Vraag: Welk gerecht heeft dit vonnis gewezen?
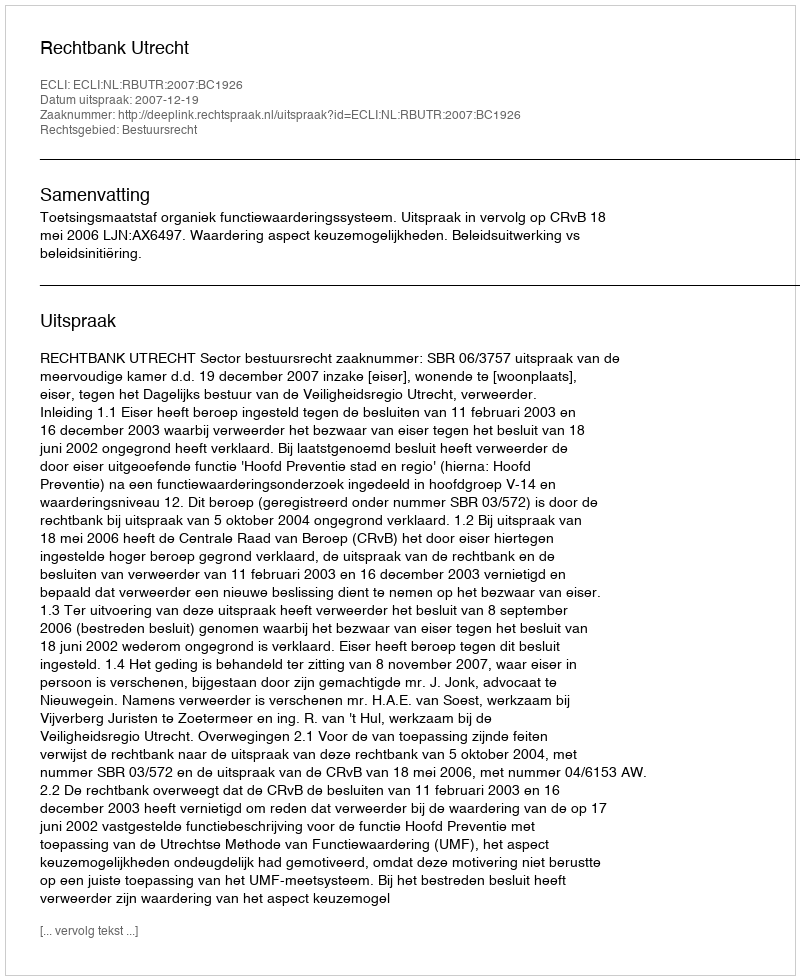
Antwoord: Rechtbank Utrecht